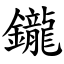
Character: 鑨